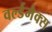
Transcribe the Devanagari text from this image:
वर्ल्डमैक्स